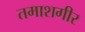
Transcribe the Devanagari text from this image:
तमाशगीर